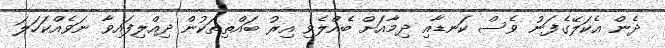
ދެން އެކަލޭގެފަނު ވެސް ކަނޑާއި ދިމާއަށް ބެއްލެވި އިރު ބައްތިތަކުން ދިއްލިފައިވާ ނަވެއްކަހަަލަ